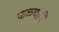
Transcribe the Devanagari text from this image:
फळ्यांनी